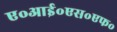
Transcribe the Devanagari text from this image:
ए॰आई॰एस॰एफ॰